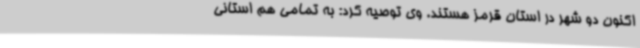
اکنون دو شهر در استان قرمز هستند. وی توصیه کرد: به تمامی هم استانی